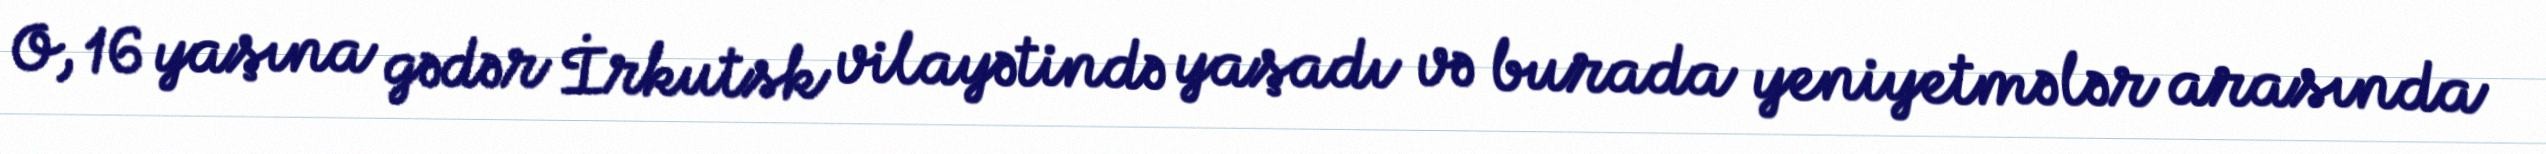
O, 16 yaşına gədər İrkutsk vilayətində yaşadı və burada yeniyetmələr arasında